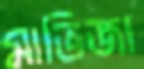
মাভিজা